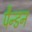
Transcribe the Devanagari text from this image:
पैन्डन